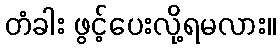
တံခါး ဖွင့်ပေးလို့ရမလား။